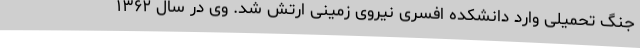
جنگ تحمیلی وارد دانشکده افسری نیروی زمینی ارتش شد. وی در سال ۱۳۶۲